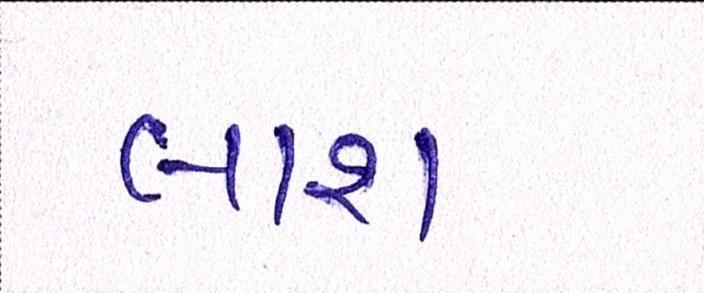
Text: લાશ